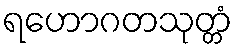
ရဟောဂတသုတ္တံ